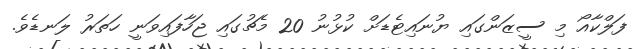
ފަލްކާއޯ މި ސީޒަންގައި ޔުނައިޓެޑަށް ކުޅުނު 20 މެޗުގައި ޖަހާފައިވަނީ ހަތަރު ލަނޑެވެ.